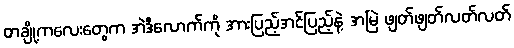
တချို့ကလေးတွေက အဲဒီလောက်ကို အားပြည့်အင်ပြည့်နဲ့ အမြဲ ဖျတ်ဖျတ်လတ်လတ်